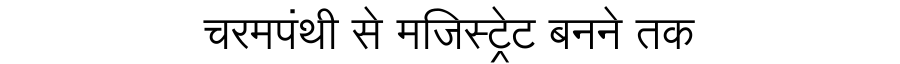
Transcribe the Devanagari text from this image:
चरमपंथी से मजिस्ट्रेट बनने तक